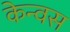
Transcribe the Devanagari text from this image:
केन्वस